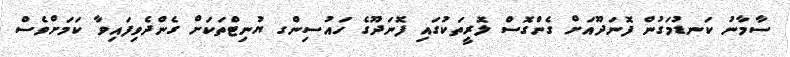
ސާމާނު ކަނޑުމަގުން ފޮނަދޫއަށް ގެންގޮސް ލޮރީތަކުގައި ފޮނަދޫގެ ހައުސިންގ ޔުނިޓްތަކަށް ގެންދެވިފައިވާ ކަމަށްވެސް